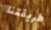
طريقتنا